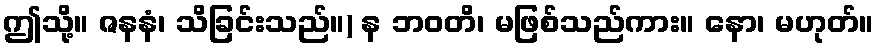
ဤသို့။ ဇနနံ၊ သိခြင်းသည်။) န ဘဝတိ၊ မဖြစ်သည်ကား။ နော၊ မဟုတ်။